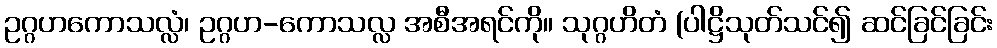
ဥဂ္ဂဟကောသလ္လံ၊ ဥဂ္ဂဟ-ကောသလ္လ အစီအရင်ကို။ သုဂ္ဂဟိတံ (ပါဋ္ဌိသုတ်သင်၍ ဆင်ခြင်ခြင်း